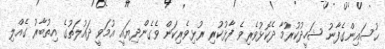
ޙުސައިންގެފާނު ޝަހީދުކުރުމާ ދެކޮޅުވެރިވެ ފާޅުކުރި ރުޅިވެރިކަން ވެގެންދިޔައީ އުމަވީ ދައުލަތުގެ އިތުބާރު ގެއްލި